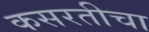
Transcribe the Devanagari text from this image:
कसरतीचा